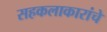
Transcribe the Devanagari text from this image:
सहकलाकारांचे